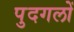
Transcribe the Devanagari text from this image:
पुदगलों